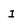
Character: I